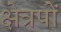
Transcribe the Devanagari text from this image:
क्षेत्रपों